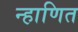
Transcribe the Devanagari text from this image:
न्हाणित